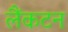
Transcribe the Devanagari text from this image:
लैंकटन